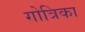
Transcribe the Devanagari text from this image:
गोत्रिका